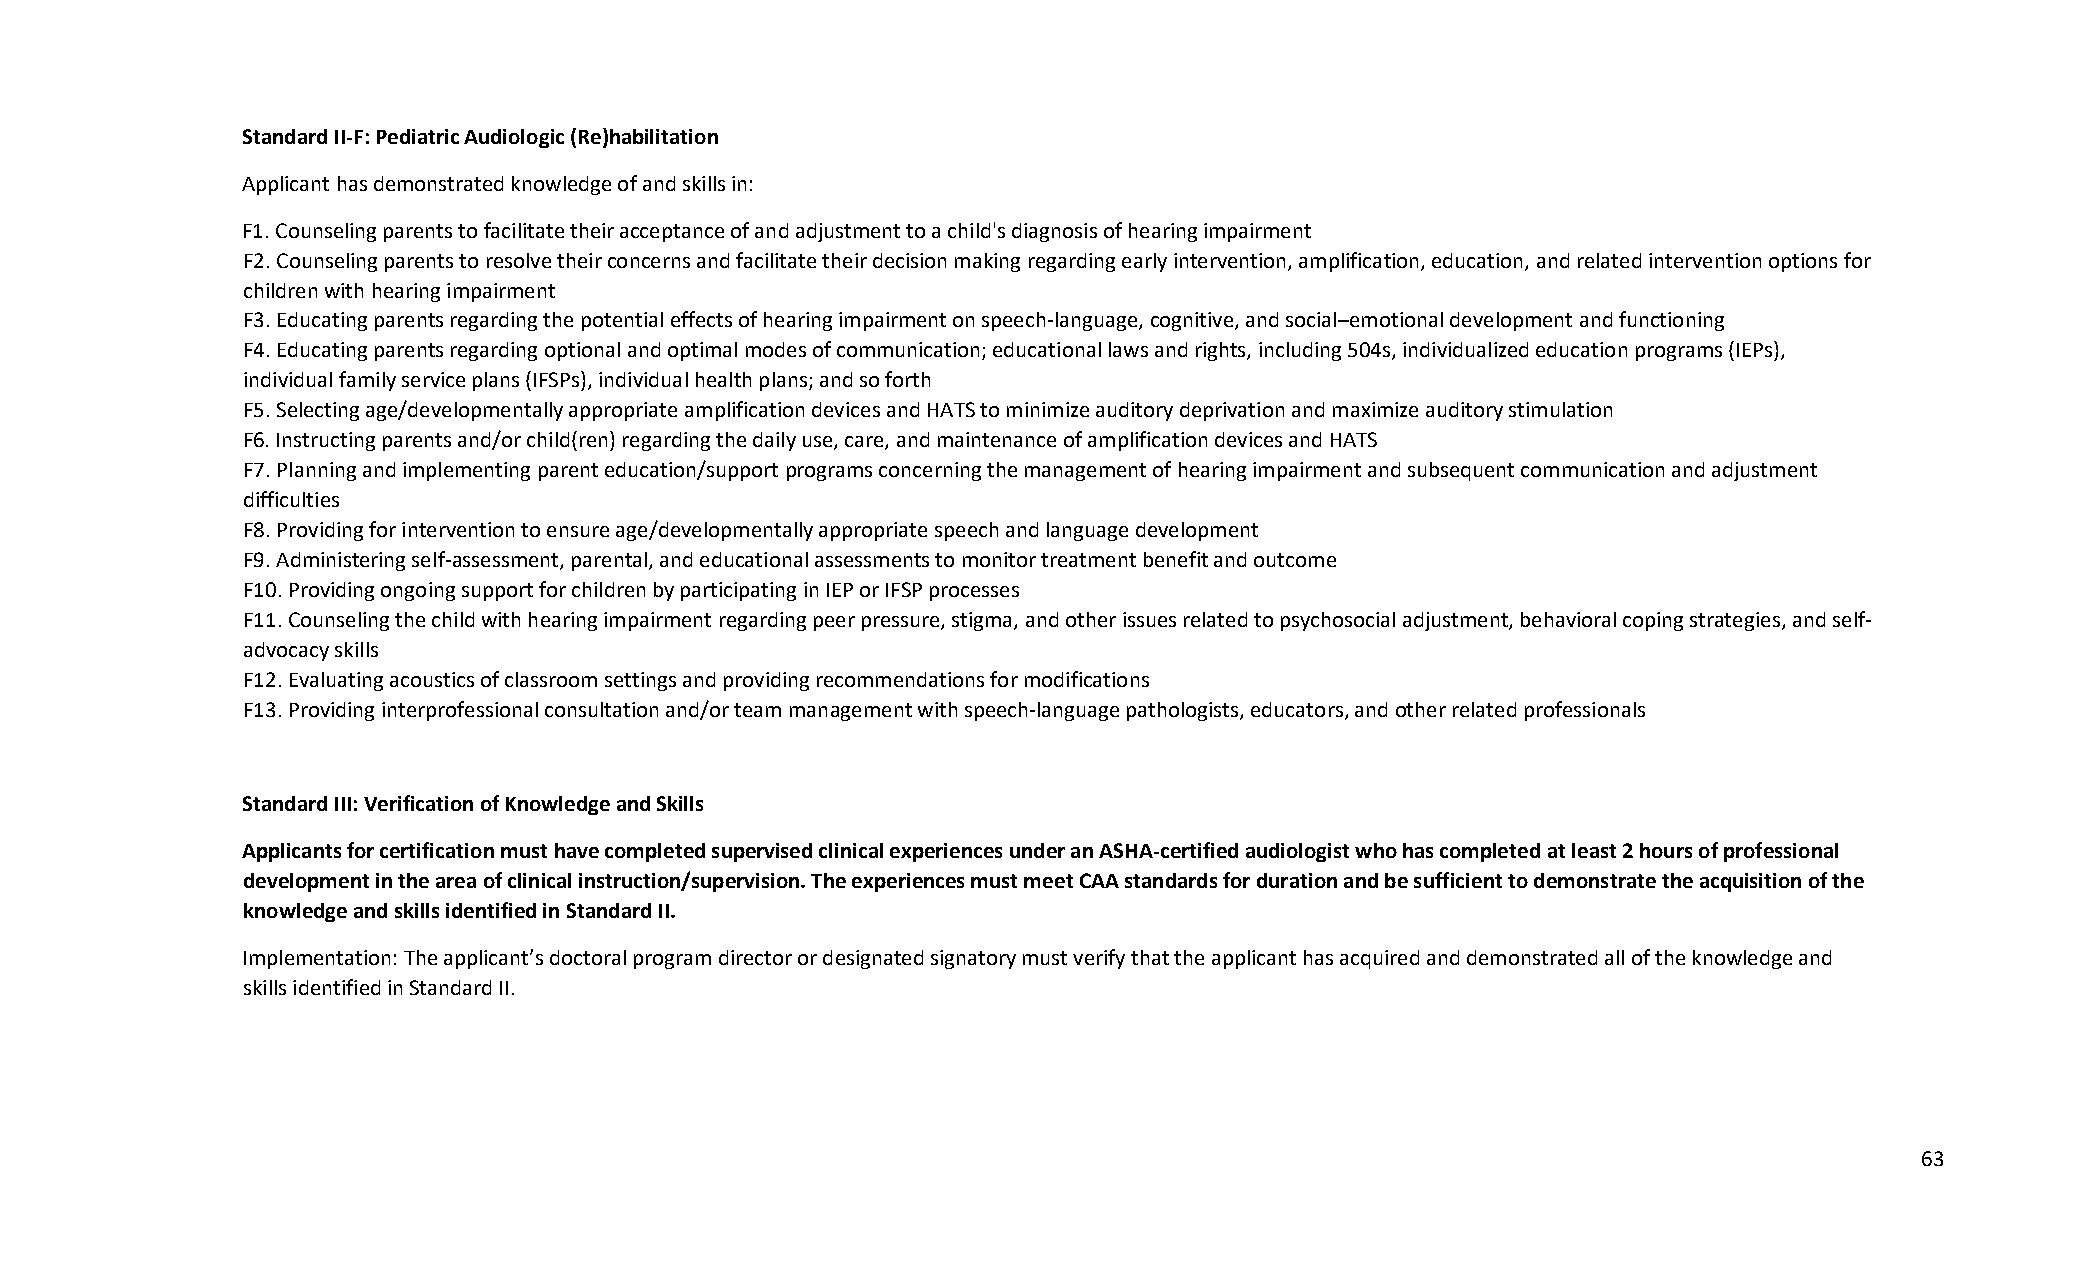
Standard II-F: Pediatric Audiologic (Re)habilitation
 Applicant has demonstrated knowledge of and skills in:
 F1. Counseling parents to facilitate their acceptance of and adjustment to a child's diagnosis of hearing impairment
 F2. Counseling parents to resolve their concerns and facilitate their decision making regarding early intervention, amplification, education, and related intervention options for
 children with hearing impairment
 F3. Educating parents regarding the potential effects of hearing impairment on speech-language, cognitive, and social–emotional development and functioning
 F4. Educating parents regarding optional and optimal modes of communication; educational laws and rights, including 504s, individualized education programs (IEPs),
 individual family service plans (IFSPs), individual health plans; and so forth
 F5. Selecting age/developmentally appropriate amplification devices and HATS to minimize auditory deprivation and maximize auditory stimulation
 F6. Instructing parents and/or child(ren) regarding the daily use, care, and maintenance of amplification devices and HATS
 F7. Planning and implementing parent education/support programs concerning the management of hearing impairment and subsequent communication and adjustment
 difficulties
 F8. Providing for intervention to ensure age/developmentally appropriate speech and language development
 F9. Administering self-assessment, parental, and educational assessments to monitor treatment benefit and outcome
 F10. Providing ongoing support for children by participating in IEP or IFSP processes
 F11. Counseling the child with hearing impairment regarding peer pressure, stigma, and other issues related to psychosocial adjustment, behavioral coping strategies, and self-
 advocacy skills
 F12. Evaluating acoustics of classroom settings and providing recommendations for modifications
 F13. Providing interprofessional consultation and/or team management with speech-language pathologists, educators, and other related professionals
 Standard III: Verification of Knowledge and Skills
 Applicants for certification must have completed supervised clinical experiences under an ASHA-certified audiologist who has completed at least 2 hours of professional
 development in the area of clinical instruction/supervision. The experiences must meet CAA standards for duration and be sufficient to demonstrate the acquisition of the
 knowledge and skills identified in Standard II.
 Implementation: The applicant’s doctoral program director or designated signatory must verify that the applicant has acquired and demonstrated all of the knowledge and
 skills identified in Standard II.
 63